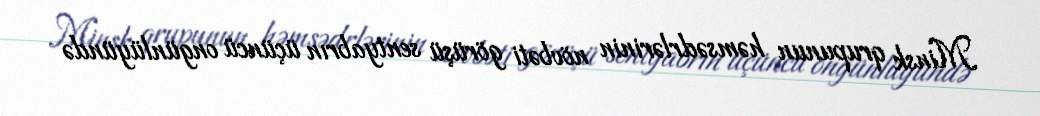
Minsk qrupunun həmsədrlərinin növbəti görüşü sentyabrın üçüncü ongünlüyündə